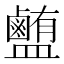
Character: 𰥉